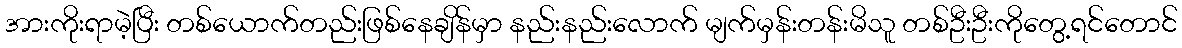
အားကိုးရာမဲ့ပြီး တစ်ယောက်တည်းဖြစ်နေချိန်မှာ နည်းနည်းလောက် မျက်မှန်းတန်းမိသူ တစ်ဦးဦးကိုတွေ့ရင်တောင်